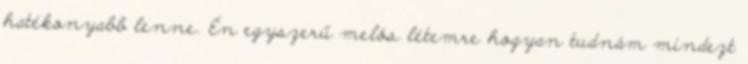
hatékonyabb lenne. Én egyszerű melós létemre hogyan tudnám mindezt